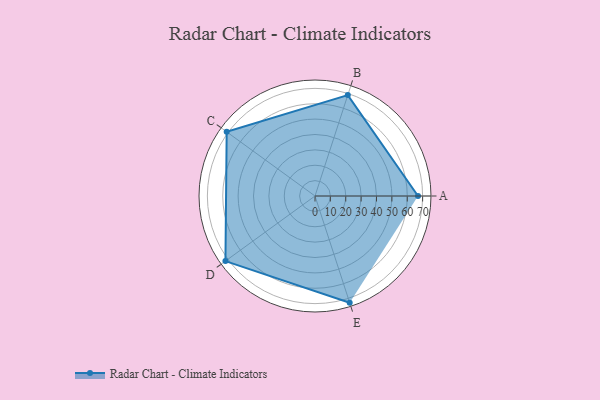
{"axis": {"x": "Skill", "y": "Score"}, "legend": ["Profile"], "data": [{"x": "A", "y": 67.0, "type": "Profile"}, {"x": "B", "y": 69.0, "type": "Profile"}, {"x": "C", "y": 71.0, "type": "Profile"}, {"x": "D", "y": 72.0, "type": "Profile"}, {"x": "E", "y": 73.0, "type": "Profile"}]}